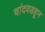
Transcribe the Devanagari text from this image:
चांदवडहून